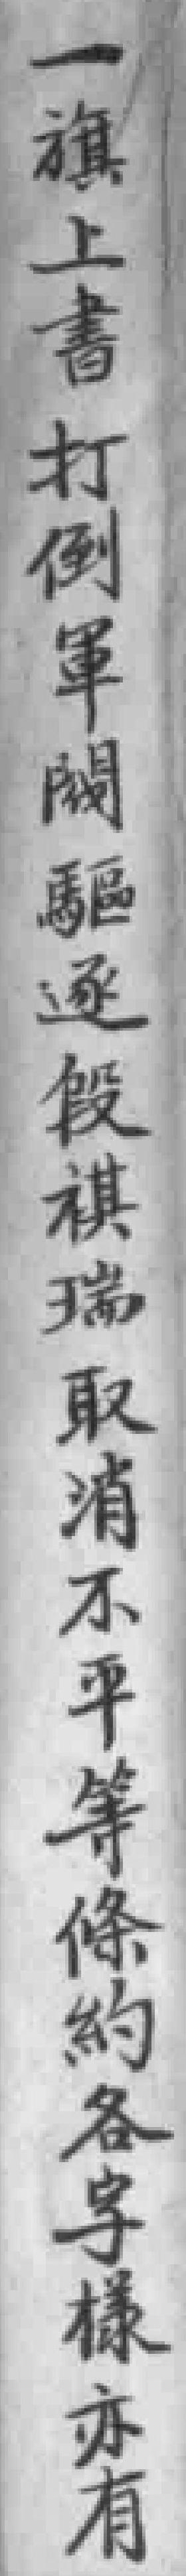
一旗上書打倒軍閥驅逐段祺瑞取消不平等條約各字樣亦有